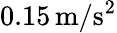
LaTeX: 0.15\, \mathrm{m}/\mathrm{s}^{2}